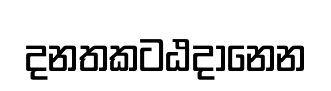
දනතකටඨදානෙන